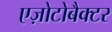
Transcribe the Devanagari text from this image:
एज़ोटोबैक्टर